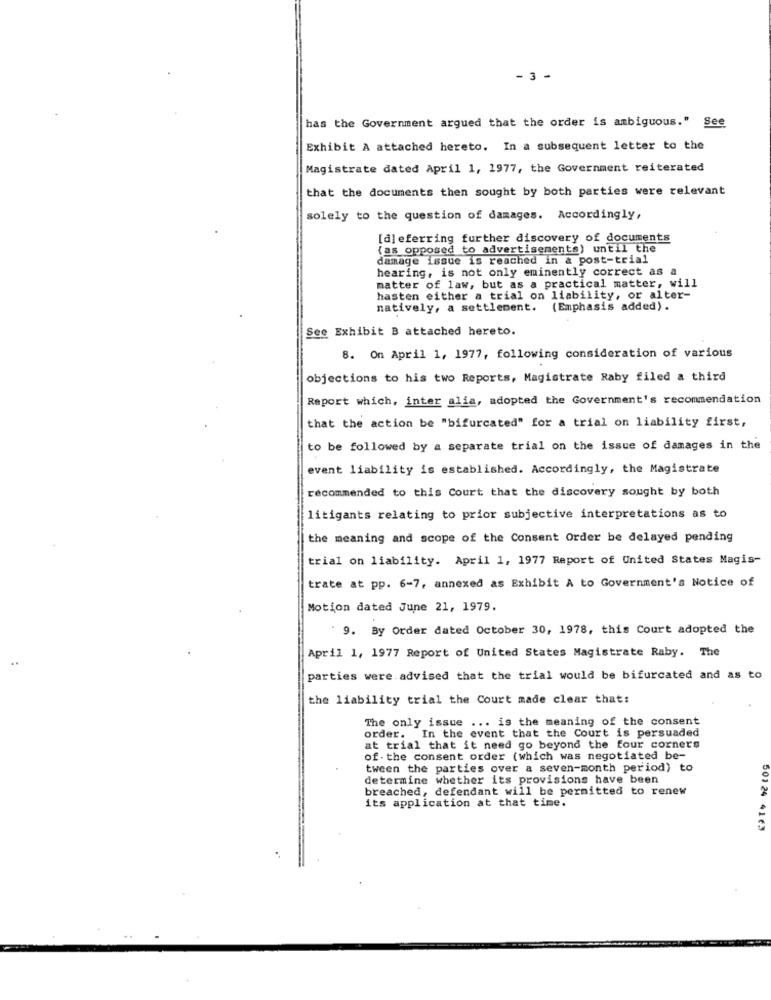
-3 -
has the Government argued that the order is ambiguous." See
Exhibit A attached hereto. In a subsequent letter to the
Magistrate dated April 1, 1977, the Government reiterated
that the documents then sought by both parties were relevant
solely to the question of damages. Accordingly,
[d]eferring further discovery of documents
(as opposed to advertisements) until the
damage issue is reached in & post-trial
hearing, is not only eminently correct as a
matter of law, but as a practical matter, will
hasten either a trial on liability, or alter-
natively, a settlement. (Emphasis added).
See Exhibit B attached hereto.
8. On April 1, 1977, following consideration of various
objections to his two Reports, Magistrate Raby filed a third
Report which, inter alia, adopted the Government's recommendation
that the action be "bifurcated" for a trial on liability first,
to be followed by a separate trial on the issue of damages in the
event liability is established. Accordingly, the Magistrate
recommended to this Court that the discovery sought by both
litigants relating to prior subjective interpretations as to
the meaning and scope of the Consent Order be delayed pending
trial on liability. April 1, 1977 Report of United States Magis-
trate at pp. 6-7, annexed as Exhibit A to Government's Notice of
Motion dated June 21, 1979.
9. By Order dated October 30, 1978, this Court adopted the
April 1, 1977 Report of United States Magistrate Raby. The
parties were advised that the trial would be bifurcated and as to
the liability trial the Court made clear that:
The only issue ... is the meaning of the consent
order. In the event that the Court is persuaded
at trial that it need go beyond the four corners
of . the consent order (which was negotiated be-
tween the parties over a seven-month period) to
determine whether its provisions have been
breached, defendant will be permitted to renew
its application at that time.
501 24 4163